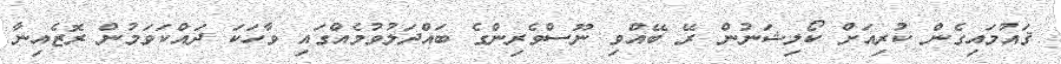
ޤައުމައިގެން ކުރިއަށް ކޯލިޝަނުން ރޭ ބޭއްވި ނޫސްވެރިންގެ ބައްދަލުވުމެއްގައި ވާހަކަ ދައްކަވަމުން ރޮޒެއިނާ